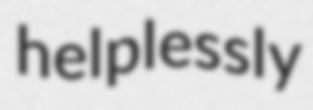
helplessly